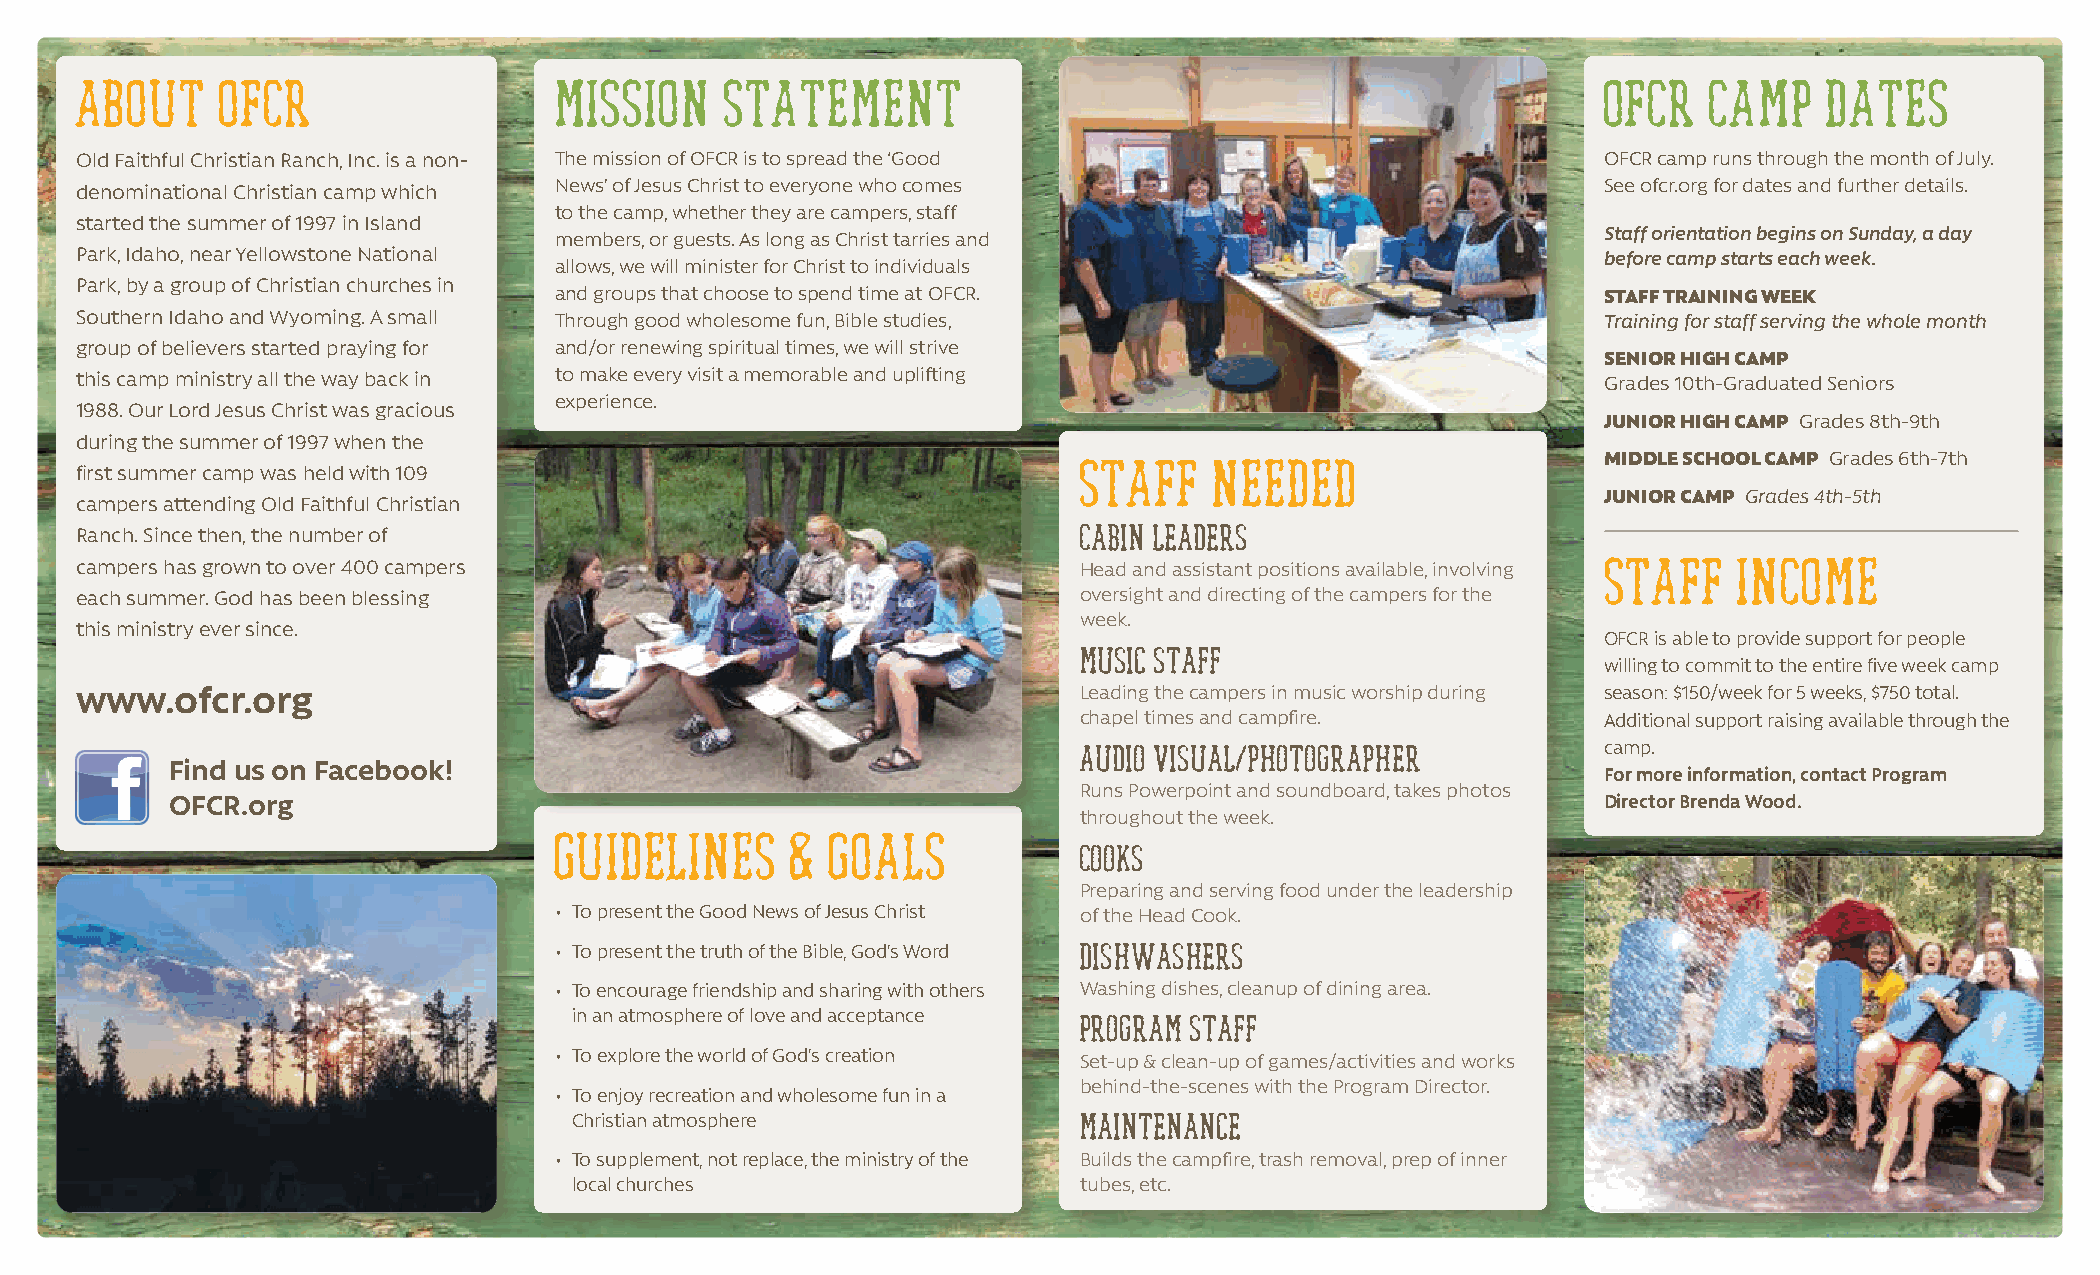
ABOUT     OFCR                  MISSION    STATEMENT                                                 OFCR   CAMP    DATES
 Old Faithful Christian Ranch, Inc. is a non- The mission of OFCR is to spread the ‘Good              OFCR camp runs through the month of July.
 denominational Christian camp which News’ of Jesus Christ to everyone who comes                      See ofcr.org for dates and further details.
 to the camp, whether they are campers, staff
 started the summer of 1997 in Island
 members, or guests. As long as Christ tarries and                    Staff orientation begins on Sunday, a day
 Park, Idaho, near Yellowstone National                                                               before camp starts each week.
 allows, we will minister for Christ to individuals
 Park, by a group of Christian churches in
 and groups that choose to spend time at OFCR.                        STAFF TRAINING WEEK
 Southern Idaho and Wyoming. A small Through good wholesome fun, Bible studies,                       Training for staff serving the whole month
 group of believers started praying for and/or renewing spiritual times, we will strive
 SENIOR HIGH CAMP
 this camp ministry all the way back in to make every visit a memorable and uplifting                 Grades 10th-Graduated Seniors
 experience.
 1988. Our Lord Jesus Christ was gracious
 JUNIOR HIGH CAMP Grades 8th-9th
 during the summer of 1997 when the
 MIDDLE SCHOOL CAMP Grades 6th-7th
 first summer camp was held with 109                               STAFF    NEEDED
 JUNIOR CAMP Grades 4th-5th
 campers attending Old Faithful Christian
 Ranch. Since then, the number of                                  Cabin leaders
 campers has grown to over 400 campers                             Head and assistant positions available, involving STAFF INCOME
 each summer. God has been blessing                                oversight and directing of the campers for the
 week.
 this ministry ever since.
 OFCR is able to provide support for people
 Music staff
 willing to commit to the entire five week camp
 www.ofcr.org                                                      Leading the campers in music worship during season: $150/week for 5 weeks, $750 total.
 chapel times and campfire.         Additional support raising available through the
 camp.
 Audio visual/photographer
 Find us on Facebook!
 For more information, contact Program
 Runs Powerpoint and soundboard, takes photos
 OFCR.org                                                                                       Director Brenda Wood.
 throughout the week.
 GUIDELINES     &  GOALS
 Cooks
 Preparing and serving food under the leadership
 • To present the Good News of Jesus Christ of the Head Cook.
 • To present the truth of the Bible, God’s Word Dishwashers
 • To encourage friendship and sharing with others Washing dishes, cleanup of dining area.
 in an atmosphere of love and acceptance
 Program staff
 • To explore the world of God’s creation Set-up & clean-up of games/activities and works
 behind-the-scenes with the Program Director.
 • To enjoy recreation and wholesome fun in a
 Christian atmosphere             Maintenance
 • To supplement, not replace, the ministry of the Builds the campfire, trash removal, prep of inner
 local churches                   tubes, etc.